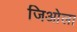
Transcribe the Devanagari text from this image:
जिओला